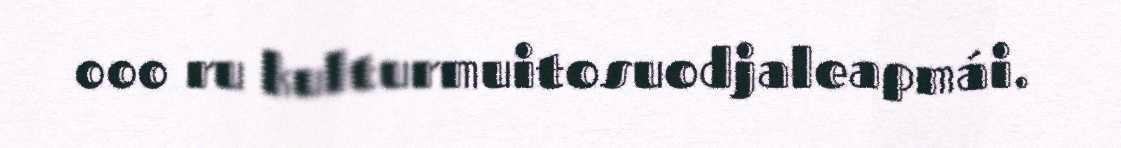
000 ru kulturmuitosuodjaleapmái.